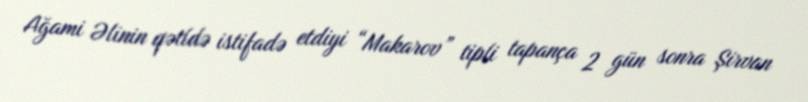
Ağami Əlinin qətldə istifadə etdiyi “Makarov” tipli tapança 2 gün sonra Şirvan